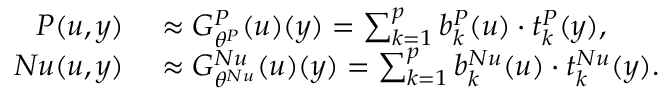
\begin{array} { r l } { P ( u , y ) } & { { } \approx G _ { \theta ^ { P } } ^ { P } ( u ) ( y ) = \sum _ { k = 1 } ^ { p } b _ { k } ^ { P } ( u ) \cdot t _ { k } ^ { P } ( y ) , } \\ { N u ( u , y ) } & { { } \approx G _ { \theta ^ { N u } } ^ { N u } ( u ) ( y ) = \sum _ { k = 1 } ^ { p } b _ { k } ^ { N u } ( u ) \cdot t _ { k } ^ { N u } ( y ) . } \end{array}